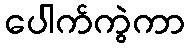
ပေါက်ကွဲကာ